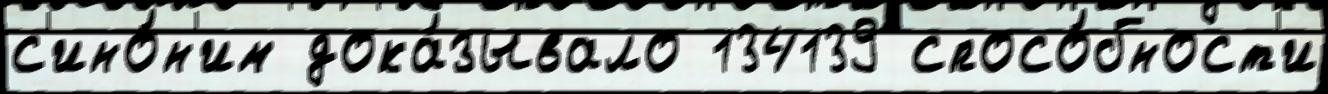
с'ино́н'им дока́зывало 134139 спосо́бност'и